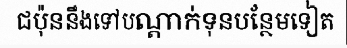
ជប៉ុននឹងទៅបណ្តាក់ទុនបន្ថែមទៀត